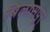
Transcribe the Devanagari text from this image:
बिलासपुर्